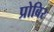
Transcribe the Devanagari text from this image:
प्रोबिर